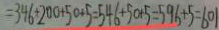
= 3 4 6 + 2 0 0 + 5 0 + 5 = 5 4 6 + 5 0 + 5 = 5 9 6 + 5 = 6 0 1